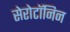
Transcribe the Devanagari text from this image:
सेरोटॉनिन